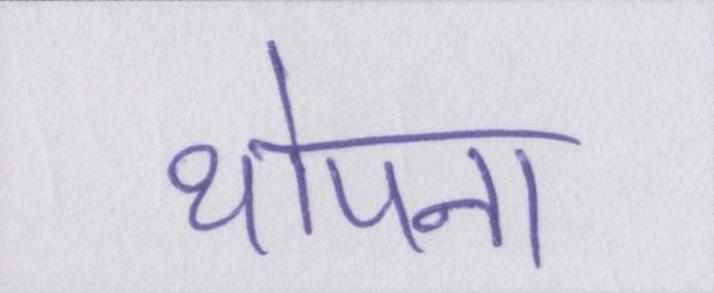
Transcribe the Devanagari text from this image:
थोपना